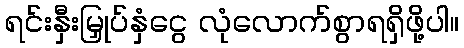
ရင်းနှီးမြှုပ်နှံငွေ လုံလောက်စွာရရှိဖို့ပါ။